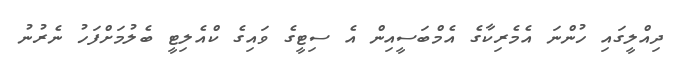
ދިއްލީގައި ހުންނަ އެމެރިކާގެ އެމްބަސީއިން އެ ސިޓީގެ ވައިގެ ކްއެލިޓީ ބެލުމަށްފަހު ނެރުނު